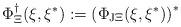
LaTeX: \begin{align*}\Phi _\Xi ^{\dagger }(\xi ,\xi ^{*}):=\left( \Phi _{{\rm J}\Xi }(\xi ,\xi^{*})\right) ^{*} \end{align*}